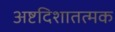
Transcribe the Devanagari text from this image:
अष्टदिशातत्मक